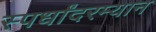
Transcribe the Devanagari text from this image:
स्पर्धांदरम्यान